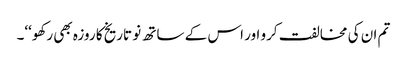
تم ان کی مخالفت کرو اور اس کے ساتھ نو تاریخ کا روزہ بھی رکھو‘‘۔